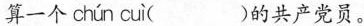
算一个chún cuì（）的共产党员。